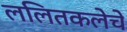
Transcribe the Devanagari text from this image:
ललितकलेचे